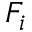
F _ { i }